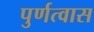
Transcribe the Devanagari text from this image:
पुर्णत्‍वास